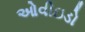
ઓવીઇડો